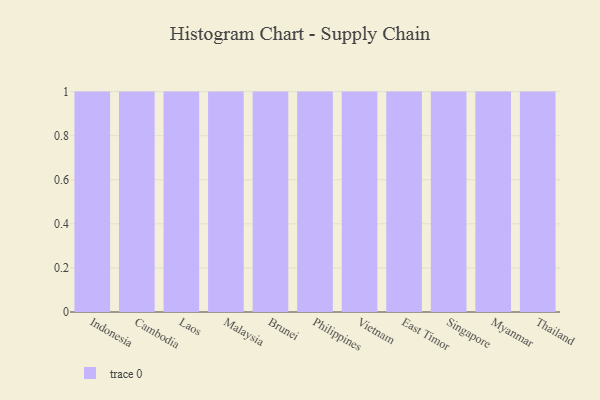
{"axis": {"x": "Country", "y": "Tickets Resolved"}, "legend": [""], "data": [{"x": "Indonesia", "y": 88, "type": ""}, {"x": "Cambodia", "y": 77, "type": ""}, {"x": "Laos", "y": 84, "type": ""}, {"x": "Malaysia", "y": 14, "type": ""}, {"x": "Brunei", "y": 43, "type": ""}, {"x": "Philippines", "y": 3, "type": ""}, {"x": "Vietnam", "y": 5, "type": ""}, {"x": "East Timor", "y": 72, "type": ""}, {"x": "Singapore", "y": 46, "type": ""}, {"x": "Myanmar", "y": 8, "type": ""}, {"x": "Thailand", "y": 64, "type": ""}]}